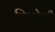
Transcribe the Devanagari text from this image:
चिचोली